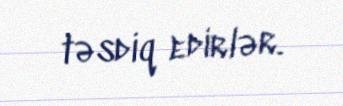
təsdiq edirlər.